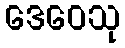
ဒေဝေသု